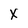
Character: X